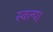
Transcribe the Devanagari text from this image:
स्वल्प।